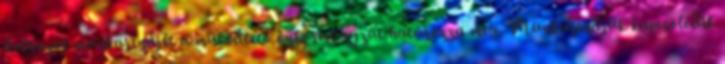
dolgozók munkarendjét a működtető önkormányzat határozza meg. Munkarendjük kapcsolódik